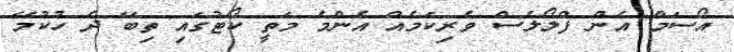
އޯސަމް އެން ފްލޯލެސް ވެރިކަމެއް އެންމެ މަތީ ކޯޓުގައި ތިބޭ ދެ ހުކުމޭ